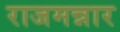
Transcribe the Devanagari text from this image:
राजमन्नार